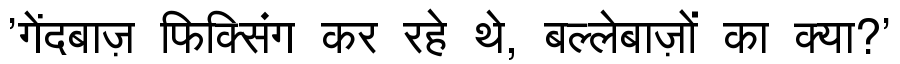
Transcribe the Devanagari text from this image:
'गेंदबाज़ फिक्सिंग कर रहे थे, बल्लेबाज़ों का क्या?'